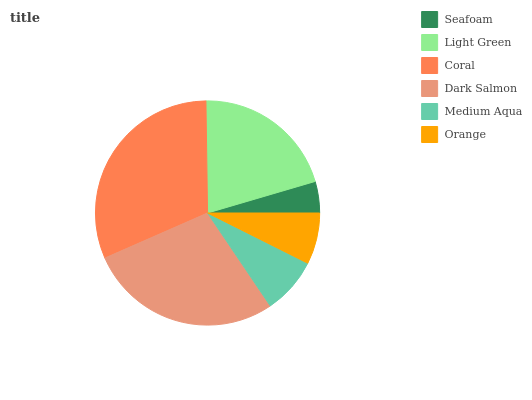
| Seafoam | Light Green | Coral | Dark Salmon | Medium Aqua | Orange |
 | --- | --- | --- | --- | --- | --- |
 | 4.54% | 20.7% | 31.4% | 27.9% | 8.15% | 7.4% |